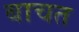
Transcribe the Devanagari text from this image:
बाचत